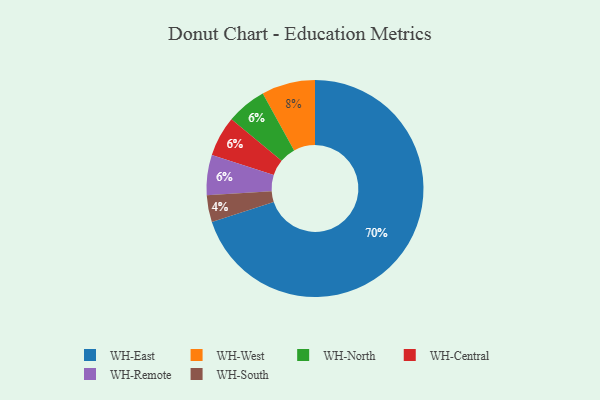
{"axis": {"x": "Category", "y": "Percentage"}, "legend": ["WH-Central", "WH-East", "WH-North", "WH-Remote", "WH-South", "WH-West"], "data": [{"x": "WH-East", "y": 70, "type": "WH-East"}, {"x": "WH-South", "y": 4, "type": "WH-South"}, {"x": "WH-West", "y": 8, "type": "WH-West"}, {"x": "WH-North", "y": 6, "type": "WH-North"}, {"x": "WH-Central", "y": 6, "type": "WH-Central"}, {"x": "WH-Remote", "y": 6, "type": "WH-Remote"}]}